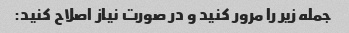
جمله زیر را مرور کنید و در صورت نیاز اصلاح کنید: